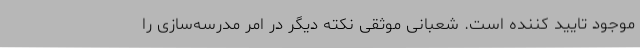
موجود تایید کننده است. شعبانی موثقی نکته دیگر در امر مدرسه‌سازی را